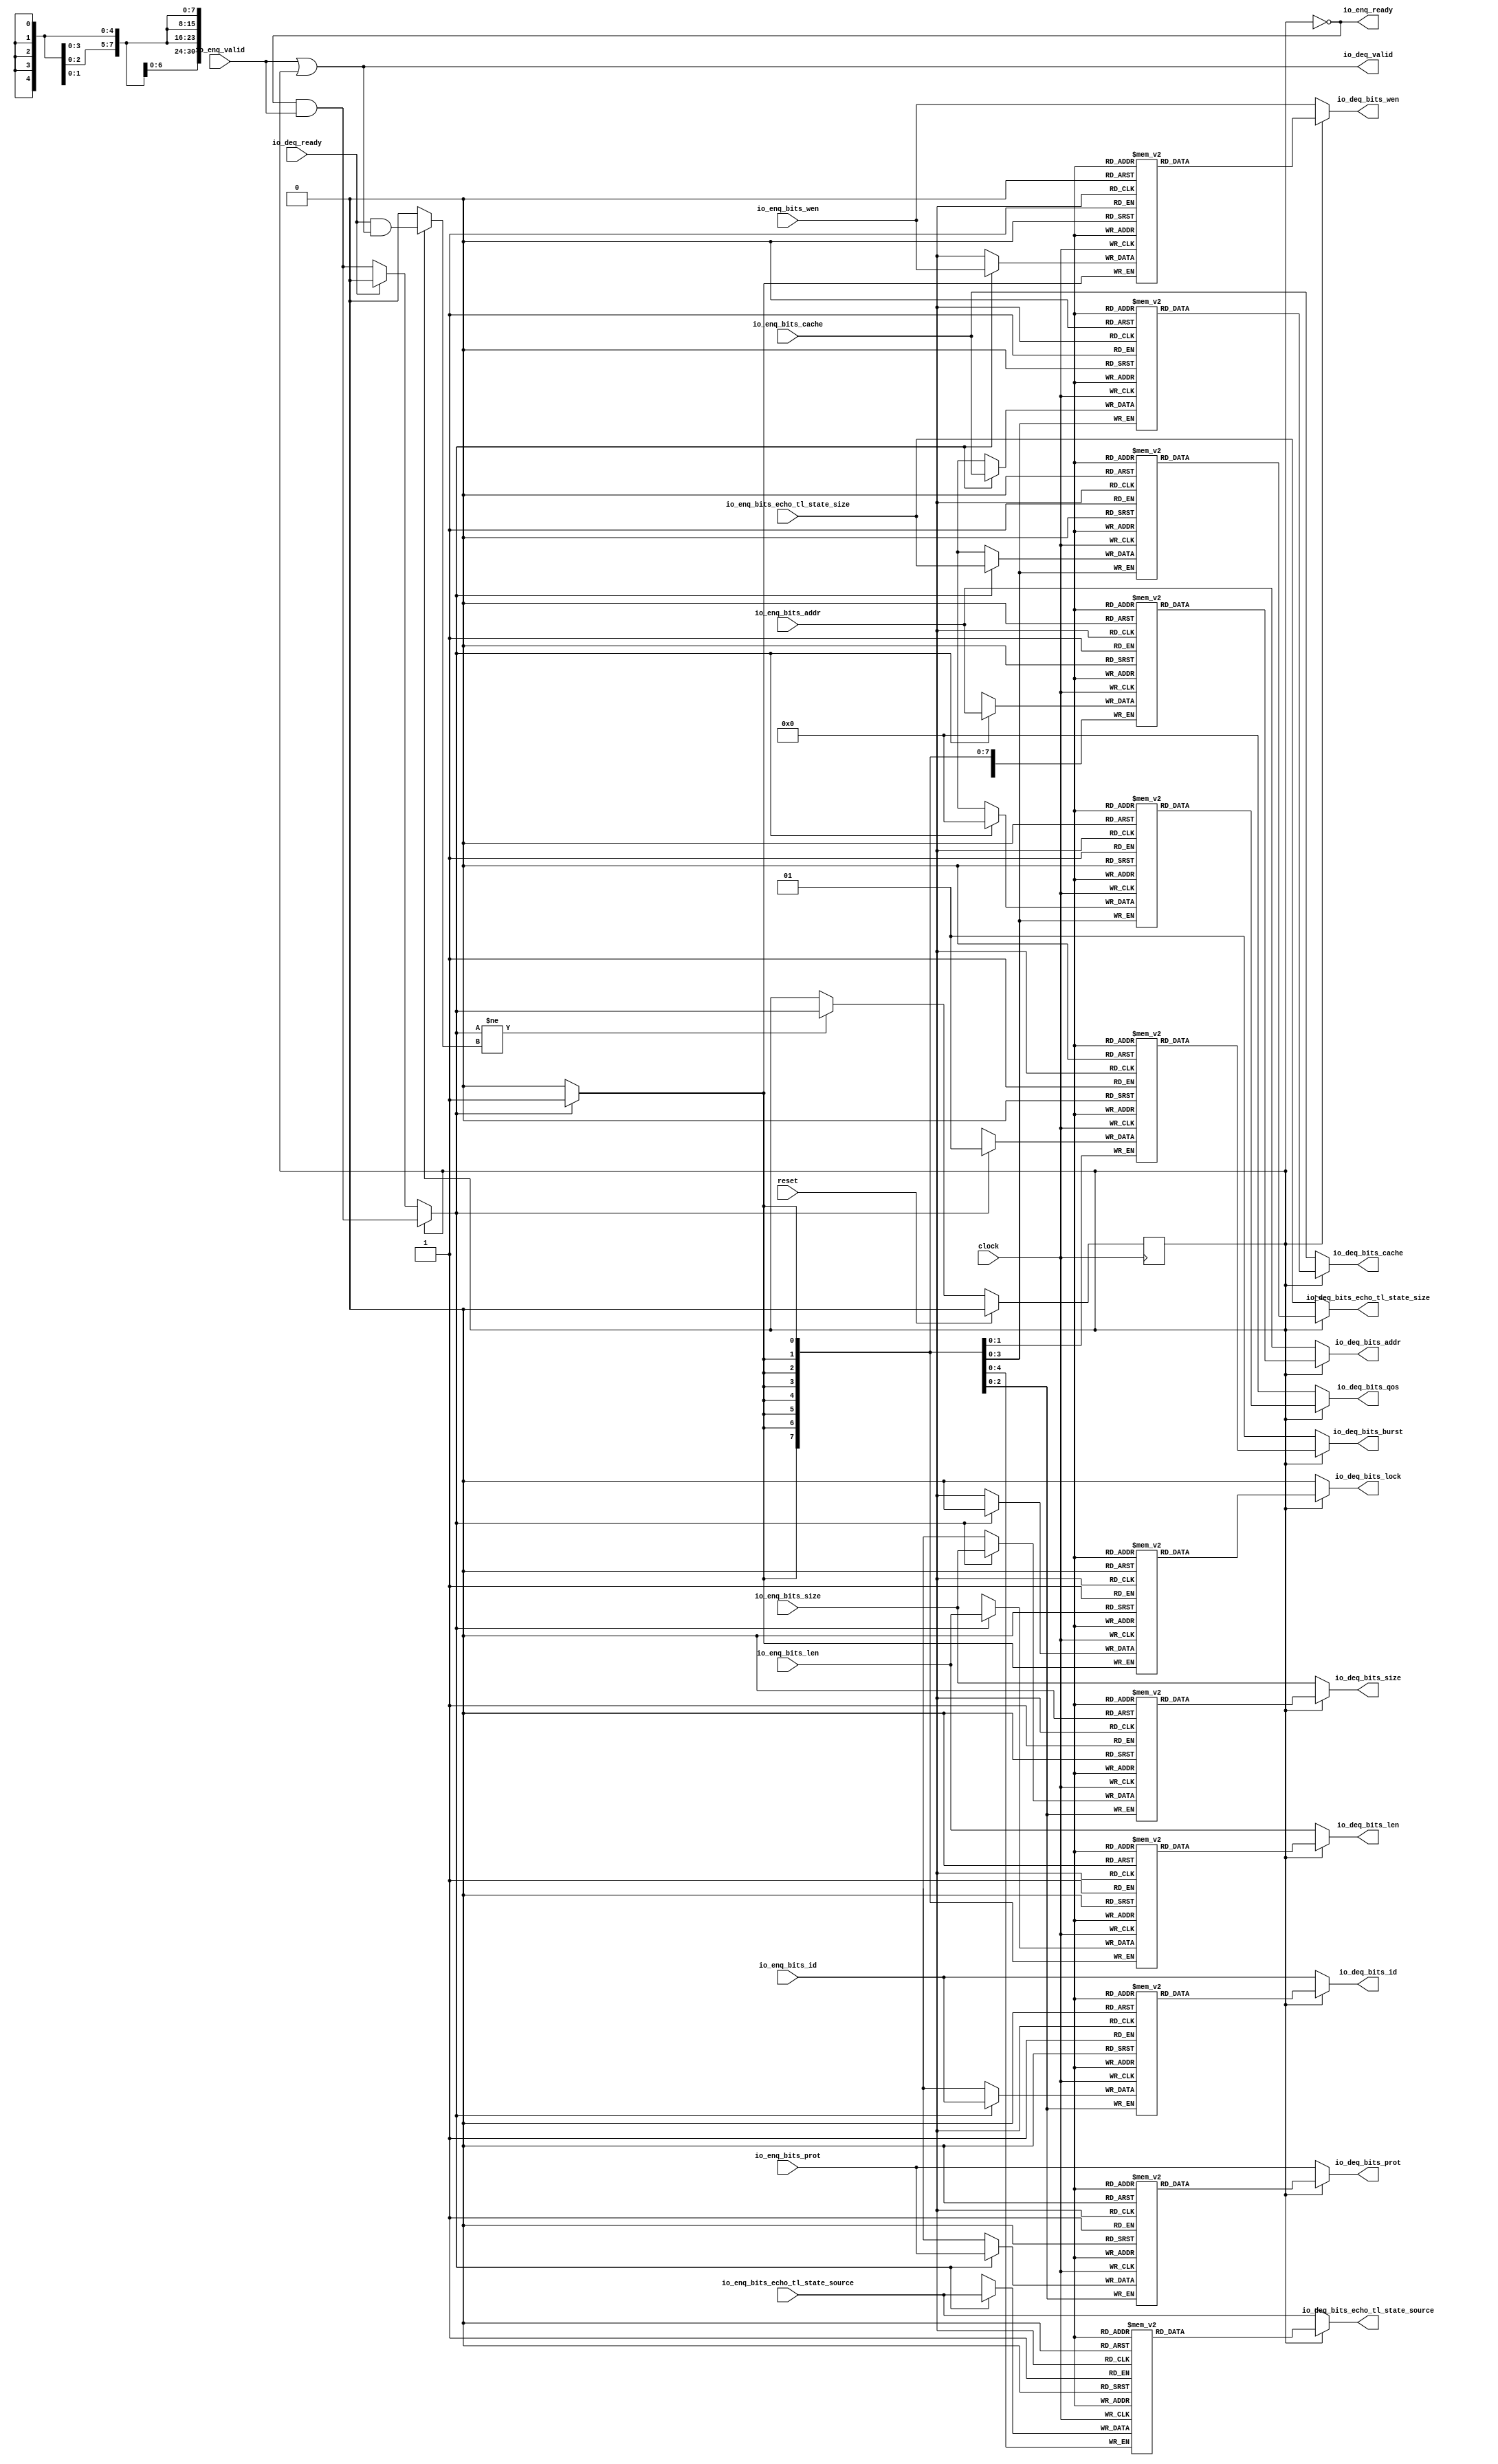
module Queue_11(
  input         clock,
  input         reset,
  output        io_enq_ready,
  input         io_enq_valid,
  input  [2:0]  io_enq_bits_id,
  input  [30:0] io_enq_bits_addr,
  input  [7:0]  io_enq_bits_len,
  input  [2:0]  io_enq_bits_size,
  input  [3:0]  io_enq_bits_cache,
  input  [2:0]  io_enq_bits_prot,
  input  [3:0]  io_enq_bits_echo_tl_state_size,
  input  [4:0]  io_enq_bits_echo_tl_state_source,
  input         io_enq_bits_wen,
  input         io_deq_ready,
  output        io_deq_valid,
  output [2:0]  io_deq_bits_id,
  output [30:0] io_deq_bits_addr,
  output [7:0]  io_deq_bits_len,
  output [2:0]  io_deq_bits_size,
  output [1:0]  io_deq_bits_burst,
  output        io_deq_bits_lock,
  output [3:0]  io_deq_bits_cache,
  output [2:0]  io_deq_bits_prot,
  output [3:0]  io_deq_bits_qos,
  output [3:0]  io_deq_bits_echo_tl_state_size,
  output [4:0]  io_deq_bits_echo_tl_state_source,
  output        io_deq_bits_wen
);
`ifdef RANDOMIZE_MEM_INIT
  reg [31:0] _RAND_0;
  reg [31:0] _RAND_1;
  reg [31:0] _RAND_2;
  reg [31:0] _RAND_3;
  reg [31:0] _RAND_4;
  reg [31:0] _RAND_5;
  reg [31:0] _RAND_6;
  reg [31:0] _RAND_7;
  reg [31:0] _RAND_8;
  reg [31:0] _RAND_9;
  reg [31:0] _RAND_10;
  reg [31:0] _RAND_11;
`endif // RANDOMIZE_MEM_INIT
`ifdef RANDOMIZE_REG_INIT
  reg [31:0] _RAND_12;
`endif // RANDOMIZE_REG_INIT
  reg [2:0] ram_id [0:0]; // @[Decoupled.scala 218:16]
  wire [2:0] ram_id_io_deq_bits_MPORT_data; // @[Decoupled.scala 218:16]
  wire  ram_id_io_deq_bits_MPORT_addr; // @[Decoupled.scala 218:16]
  wire [2:0] ram_id_MPORT_data; // @[Decoupled.scala 218:16]
  wire  ram_id_MPORT_addr; // @[Decoupled.scala 218:16]
  wire  ram_id_MPORT_mask; // @[Decoupled.scala 218:16]
  wire  ram_id_MPORT_en; // @[Decoupled.scala 218:16]
  reg [30:0] ram_addr [0:0]; // @[Decoupled.scala 218:16]
  wire [30:0] ram_addr_io_deq_bits_MPORT_data; // @[Decoupled.scala 218:16]
  wire  ram_addr_io_deq_bits_MPORT_addr; // @[Decoupled.scala 218:16]
  wire [30:0] ram_addr_MPORT_data; // @[Decoupled.scala 218:16]
  wire  ram_addr_MPORT_addr; // @[Decoupled.scala 218:16]
  wire  ram_addr_MPORT_mask; // @[Decoupled.scala 218:16]
  wire  ram_addr_MPORT_en; // @[Decoupled.scala 218:16]
  reg [7:0] ram_len [0:0]; // @[Decoupled.scala 218:16]
  wire [7:0] ram_len_io_deq_bits_MPORT_data; // @[Decoupled.scala 218:16]
  wire  ram_len_io_deq_bits_MPORT_addr; // @[Decoupled.scala 218:16]
  wire [7:0] ram_len_MPORT_data; // @[Decoupled.scala 218:16]
  wire  ram_len_MPORT_addr; // @[Decoupled.scala 218:16]
  wire  ram_len_MPORT_mask; // @[Decoupled.scala 218:16]
  wire  ram_len_MPORT_en; // @[Decoupled.scala 218:16]
  reg [2:0] ram_size [0:0]; // @[Decoupled.scala 218:16]
  wire [2:0] ram_size_io_deq_bits_MPORT_data; // @[Decoupled.scala 218:16]
  wire  ram_size_io_deq_bits_MPORT_addr; // @[Decoupled.scala 218:16]
  wire [2:0] ram_size_MPORT_data; // @[Decoupled.scala 218:16]
  wire  ram_size_MPORT_addr; // @[Decoupled.scala 218:16]
  wire  ram_size_MPORT_mask; // @[Decoupled.scala 218:16]
  wire  ram_size_MPORT_en; // @[Decoupled.scala 218:16]
  reg [1:0] ram_burst [0:0]; // @[Decoupled.scala 218:16]
  wire [1:0] ram_burst_io_deq_bits_MPORT_data; // @[Decoupled.scala 218:16]
  wire  ram_burst_io_deq_bits_MPORT_addr; // @[Decoupled.scala 218:16]
  wire [1:0] ram_burst_MPORT_data; // @[Decoupled.scala 218:16]
  wire  ram_burst_MPORT_addr; // @[Decoupled.scala 218:16]
  wire  ram_burst_MPORT_mask; // @[Decoupled.scala 218:16]
  wire  ram_burst_MPORT_en; // @[Decoupled.scala 218:16]
  reg  ram_lock [0:0]; // @[Decoupled.scala 218:16]
  wire  ram_lock_io_deq_bits_MPORT_data; // @[Decoupled.scala 218:16]
  wire  ram_lock_io_deq_bits_MPORT_addr; // @[Decoupled.scala 218:16]
  wire  ram_lock_MPORT_data; // @[Decoupled.scala 218:16]
  wire  ram_lock_MPORT_addr; // @[Decoupled.scala 218:16]
  wire  ram_lock_MPORT_mask; // @[Decoupled.scala 218:16]
  wire  ram_lock_MPORT_en; // @[Decoupled.scala 218:16]
  reg [3:0] ram_cache [0:0]; // @[Decoupled.scala 218:16]
  wire [3:0] ram_cache_io_deq_bits_MPORT_data; // @[Decoupled.scala 218:16]
  wire  ram_cache_io_deq_bits_MPORT_addr; // @[Decoupled.scala 218:16]
  wire [3:0] ram_cache_MPORT_data; // @[Decoupled.scala 218:16]
  wire  ram_cache_MPORT_addr; // @[Decoupled.scala 218:16]
  wire  ram_cache_MPORT_mask; // @[Decoupled.scala 218:16]
  wire  ram_cache_MPORT_en; // @[Decoupled.scala 218:16]
  reg [2:0] ram_prot [0:0]; // @[Decoupled.scala 218:16]
  wire [2:0] ram_prot_io_deq_bits_MPORT_data; // @[Decoupled.scala 218:16]
  wire  ram_prot_io_deq_bits_MPORT_addr; // @[Decoupled.scala 218:16]
  wire [2:0] ram_prot_MPORT_data; // @[Decoupled.scala 218:16]
  wire  ram_prot_MPORT_addr; // @[Decoupled.scala 218:16]
  wire  ram_prot_MPORT_mask; // @[Decoupled.scala 218:16]
  wire  ram_prot_MPORT_en; // @[Decoupled.scala 218:16]
  reg [3:0] ram_qos [0:0]; // @[Decoupled.scala 218:16]
  wire [3:0] ram_qos_io_deq_bits_MPORT_data; // @[Decoupled.scala 218:16]
  wire  ram_qos_io_deq_bits_MPORT_addr; // @[Decoupled.scala 218:16]
  wire [3:0] ram_qos_MPORT_data; // @[Decoupled.scala 218:16]
  wire  ram_qos_MPORT_addr; // @[Decoupled.scala 218:16]
  wire  ram_qos_MPORT_mask; // @[Decoupled.scala 218:16]
  wire  ram_qos_MPORT_en; // @[Decoupled.scala 218:16]
  reg [3:0] ram_echo_tl_state_size [0:0]; // @[Decoupled.scala 218:16]
  wire [3:0] ram_echo_tl_state_size_io_deq_bits_MPORT_data; // @[Decoupled.scala 218:16]
  wire  ram_echo_tl_state_size_io_deq_bits_MPORT_addr; // @[Decoupled.scala 218:16]
  wire [3:0] ram_echo_tl_state_size_MPORT_data; // @[Decoupled.scala 218:16]
  wire  ram_echo_tl_state_size_MPORT_addr; // @[Decoupled.scala 218:16]
  wire  ram_echo_tl_state_size_MPORT_mask; // @[Decoupled.scala 218:16]
  wire  ram_echo_tl_state_size_MPORT_en; // @[Decoupled.scala 218:16]
  reg [4:0] ram_echo_tl_state_source [0:0]; // @[Decoupled.scala 218:16]
  wire [4:0] ram_echo_tl_state_source_io_deq_bits_MPORT_data; // @[Decoupled.scala 218:16]
  wire  ram_echo_tl_state_source_io_deq_bits_MPORT_addr; // @[Decoupled.scala 218:16]
  wire [4:0] ram_echo_tl_state_source_MPORT_data; // @[Decoupled.scala 218:16]
  wire  ram_echo_tl_state_source_MPORT_addr; // @[Decoupled.scala 218:16]
  wire  ram_echo_tl_state_source_MPORT_mask; // @[Decoupled.scala 218:16]
  wire  ram_echo_tl_state_source_MPORT_en; // @[Decoupled.scala 218:16]
  reg  ram_wen [0:0]; // @[Decoupled.scala 218:16]
  wire  ram_wen_io_deq_bits_MPORT_data; // @[Decoupled.scala 218:16]
  wire  ram_wen_io_deq_bits_MPORT_addr; // @[Decoupled.scala 218:16]
  wire  ram_wen_MPORT_data; // @[Decoupled.scala 218:16]
  wire  ram_wen_MPORT_addr; // @[Decoupled.scala 218:16]
  wire  ram_wen_MPORT_mask; // @[Decoupled.scala 218:16]
  wire  ram_wen_MPORT_en; // @[Decoupled.scala 218:16]
  reg  maybe_full; // @[Decoupled.scala 221:27]
  wire  empty = ~maybe_full; // @[Decoupled.scala 224:28]
  wire  _do_enq_T = io_enq_ready & io_enq_valid; // @[Decoupled.scala 40:37]
  wire  _do_deq_T = io_deq_ready & io_deq_valid; // @[Decoupled.scala 40:37]
  wire  _GEN_18 = io_deq_ready ? 1'h0 : _do_enq_T; // @[Decoupled.scala 249:27 Decoupled.scala 249:36]
  wire  do_enq = empty ? _GEN_18 : _do_enq_T; // @[Decoupled.scala 246:18]
  wire  do_deq = empty ? 1'h0 : _do_deq_T; // @[Decoupled.scala 246:18 Decoupled.scala 248:14]
  wire  _T = do_enq != do_deq; // @[Decoupled.scala 236:16]
  wire  _io_deq_valid_T = ~empty; // @[Decoupled.scala 240:19]
  assign ram_id_io_deq_bits_MPORT_addr = 1'h0;
  assign ram_id_io_deq_bits_MPORT_data = ram_id[ram_id_io_deq_bits_MPORT_addr]; // @[Decoupled.scala 218:16]
  assign ram_id_MPORT_data = io_enq_bits_id;
  assign ram_id_MPORT_addr = 1'h0;
  assign ram_id_MPORT_mask = 1'h1;
  assign ram_id_MPORT_en = empty ? _GEN_18 : _do_enq_T;
  assign ram_addr_io_deq_bits_MPORT_addr = 1'h0;
  assign ram_addr_io_deq_bits_MPORT_data = ram_addr[ram_addr_io_deq_bits_MPORT_addr]; // @[Decoupled.scala 218:16]
  assign ram_addr_MPORT_data = io_enq_bits_addr;
  assign ram_addr_MPORT_addr = 1'h0;
  assign ram_addr_MPORT_mask = 1'h1;
  assign ram_addr_MPORT_en = empty ? _GEN_18 : _do_enq_T;
  assign ram_len_io_deq_bits_MPORT_addr = 1'h0;
  assign ram_len_io_deq_bits_MPORT_data = ram_len[ram_len_io_deq_bits_MPORT_addr]; // @[Decoupled.scala 218:16]
  assign ram_len_MPORT_data = io_enq_bits_len;
  assign ram_len_MPORT_addr = 1'h0;
  assign ram_len_MPORT_mask = 1'h1;
  assign ram_len_MPORT_en = empty ? _GEN_18 : _do_enq_T;
  assign ram_size_io_deq_bits_MPORT_addr = 1'h0;
  assign ram_size_io_deq_bits_MPORT_data = ram_size[ram_size_io_deq_bits_MPORT_addr]; // @[Decoupled.scala 218:16]
  assign ram_size_MPORT_data = io_enq_bits_size;
  assign ram_size_MPORT_addr = 1'h0;
  assign ram_size_MPORT_mask = 1'h1;
  assign ram_size_MPORT_en = empty ? _GEN_18 : _do_enq_T;
  assign ram_burst_io_deq_bits_MPORT_addr = 1'h0;
  assign ram_burst_io_deq_bits_MPORT_data = ram_burst[ram_burst_io_deq_bits_MPORT_addr]; // @[Decoupled.scala 218:16]
  assign ram_burst_MPORT_data = 2'h1;
  assign ram_burst_MPORT_addr = 1'h0;
  assign ram_burst_MPORT_mask = 1'h1;
  assign ram_burst_MPORT_en = empty ? _GEN_18 : _do_enq_T;
  assign ram_lock_io_deq_bits_MPORT_addr = 1'h0;
  assign ram_lock_io_deq_bits_MPORT_data = ram_lock[ram_lock_io_deq_bits_MPORT_addr]; // @[Decoupled.scala 218:16]
  assign ram_lock_MPORT_data = 1'h0;
  assign ram_lock_MPORT_addr = 1'h0;
  assign ram_lock_MPORT_mask = 1'h1;
  assign ram_lock_MPORT_en = empty ? _GEN_18 : _do_enq_T;
  assign ram_cache_io_deq_bits_MPORT_addr = 1'h0;
  assign ram_cache_io_deq_bits_MPORT_data = ram_cache[ram_cache_io_deq_bits_MPORT_addr]; // @[Decoupled.scala 218:16]
  assign ram_cache_MPORT_data = io_enq_bits_cache;
  assign ram_cache_MPORT_addr = 1'h0;
  assign ram_cache_MPORT_mask = 1'h1;
  assign ram_cache_MPORT_en = empty ? _GEN_18 : _do_enq_T;
  assign ram_prot_io_deq_bits_MPORT_addr = 1'h0;
  assign ram_prot_io_deq_bits_MPORT_data = ram_prot[ram_prot_io_deq_bits_MPORT_addr]; // @[Decoupled.scala 218:16]
  assign ram_prot_MPORT_data = io_enq_bits_prot;
  assign ram_prot_MPORT_addr = 1'h0;
  assign ram_prot_MPORT_mask = 1'h1;
  assign ram_prot_MPORT_en = empty ? _GEN_18 : _do_enq_T;
  assign ram_qos_io_deq_bits_MPORT_addr = 1'h0;
  assign ram_qos_io_deq_bits_MPORT_data = ram_qos[ram_qos_io_deq_bits_MPORT_addr]; // @[Decoupled.scala 218:16]
  assign ram_qos_MPORT_data = 4'h0;
  assign ram_qos_MPORT_addr = 1'h0;
  assign ram_qos_MPORT_mask = 1'h1;
  assign ram_qos_MPORT_en = empty ? _GEN_18 : _do_enq_T;
  assign ram_echo_tl_state_size_io_deq_bits_MPORT_addr = 1'h0;
  assign ram_echo_tl_state_size_io_deq_bits_MPORT_data =
    ram_echo_tl_state_size[ram_echo_tl_state_size_io_deq_bits_MPORT_addr]; // @[Decoupled.scala 218:16]
  assign ram_echo_tl_state_size_MPORT_data = io_enq_bits_echo_tl_state_size;
  assign ram_echo_tl_state_size_MPORT_addr = 1'h0;
  assign ram_echo_tl_state_size_MPORT_mask = 1'h1;
  assign ram_echo_tl_state_size_MPORT_en = empty ? _GEN_18 : _do_enq_T;
  assign ram_echo_tl_state_source_io_deq_bits_MPORT_addr = 1'h0;
  assign ram_echo_tl_state_source_io_deq_bits_MPORT_data =
    ram_echo_tl_state_source[ram_echo_tl_state_source_io_deq_bits_MPORT_addr]; // @[Decoupled.scala 218:16]
  assign ram_echo_tl_state_source_MPORT_data = io_enq_bits_echo_tl_state_source;
  assign ram_echo_tl_state_source_MPORT_addr = 1'h0;
  assign ram_echo_tl_state_source_MPORT_mask = 1'h1;
  assign ram_echo_tl_state_source_MPORT_en = empty ? _GEN_18 : _do_enq_T;
  assign ram_wen_io_deq_bits_MPORT_addr = 1'h0;
  assign ram_wen_io_deq_bits_MPORT_data = ram_wen[ram_wen_io_deq_bits_MPORT_addr]; // @[Decoupled.scala 218:16]
  assign ram_wen_MPORT_data = io_enq_bits_wen;
  assign ram_wen_MPORT_addr = 1'h0;
  assign ram_wen_MPORT_mask = 1'h1;
  assign ram_wen_MPORT_en = empty ? _GEN_18 : _do_enq_T;
  assign io_enq_ready = ~maybe_full; // @[Decoupled.scala 241:19]
  assign io_deq_valid = io_enq_valid | _io_deq_valid_T; // @[Decoupled.scala 245:25 Decoupled.scala 245:40 Decoupled.scala 240:16]
  assign io_deq_bits_id = empty ? io_enq_bits_id : ram_id_io_deq_bits_MPORT_data; // @[Decoupled.scala 246:18 Decoupled.scala 247:19 Decoupled.scala 242:15]
  assign io_deq_bits_addr = empty ? io_enq_bits_addr : ram_addr_io_deq_bits_MPORT_data; // @[Decoupled.scala 246:18 Decoupled.scala 247:19 Decoupled.scala 242:15]
  assign io_deq_bits_len = empty ? io_enq_bits_len : ram_len_io_deq_bits_MPORT_data; // @[Decoupled.scala 246:18 Decoupled.scala 247:19 Decoupled.scala 242:15]
  assign io_deq_bits_size = empty ? io_enq_bits_size : ram_size_io_deq_bits_MPORT_data; // @[Decoupled.scala 246:18 Decoupled.scala 247:19 Decoupled.scala 242:15]
  assign io_deq_bits_burst = empty ? 2'h1 : ram_burst_io_deq_bits_MPORT_data; // @[Decoupled.scala 246:18 Decoupled.scala 247:19 Decoupled.scala 242:15]
  assign io_deq_bits_lock = empty ? 1'h0 : ram_lock_io_deq_bits_MPORT_data; // @[Decoupled.scala 246:18 Decoupled.scala 247:19 Decoupled.scala 242:15]
  assign io_deq_bits_cache = empty ? io_enq_bits_cache : ram_cache_io_deq_bits_MPORT_data; // @[Decoupled.scala 246:18 Decoupled.scala 247:19 Decoupled.scala 242:15]
  assign io_deq_bits_prot = empty ? io_enq_bits_prot : ram_prot_io_deq_bits_MPORT_data; // @[Decoupled.scala 246:18 Decoupled.scala 247:19 Decoupled.scala 242:15]
  assign io_deq_bits_qos = empty ? 4'h0 : ram_qos_io_deq_bits_MPORT_data; // @[Decoupled.scala 246:18 Decoupled.scala 247:19 Decoupled.scala 242:15]
  assign io_deq_bits_echo_tl_state_size = empty ? io_enq_bits_echo_tl_state_size :
    ram_echo_tl_state_size_io_deq_bits_MPORT_data; // @[Decoupled.scala 246:18 Decoupled.scala 247:19 Decoupled.scala 242:15]
  assign io_deq_bits_echo_tl_state_source = empty ? io_enq_bits_echo_tl_state_source :
    ram_echo_tl_state_source_io_deq_bits_MPORT_data; // @[Decoupled.scala 246:18 Decoupled.scala 247:19 Decoupled.scala 242:15]
  assign io_deq_bits_wen = empty ? io_enq_bits_wen : ram_wen_io_deq_bits_MPORT_data; // @[Decoupled.scala 246:18 Decoupled.scala 247:19 Decoupled.scala 242:15]
  always @(posedge clock) begin
    if(ram_id_MPORT_en & ram_id_MPORT_mask) begin
      ram_id[ram_id_MPORT_addr] <= ram_id_MPORT_data; // @[Decoupled.scala 218:16]
    end
    if(ram_addr_MPORT_en & ram_addr_MPORT_mask) begin
      ram_addr[ram_addr_MPORT_addr] <= ram_addr_MPORT_data; // @[Decoupled.scala 218:16]
    end
    if(ram_len_MPORT_en & ram_len_MPORT_mask) begin
      ram_len[ram_len_MPORT_addr] <= ram_len_MPORT_data; // @[Decoupled.scala 218:16]
    end
    if(ram_size_MPORT_en & ram_size_MPORT_mask) begin
      ram_size[ram_size_MPORT_addr] <= ram_size_MPORT_data; // @[Decoupled.scala 218:16]
    end
    if(ram_burst_MPORT_en & ram_burst_MPORT_mask) begin
      ram_burst[ram_burst_MPORT_addr] <= ram_burst_MPORT_data; // @[Decoupled.scala 218:16]
    end
    if(ram_lock_MPORT_en & ram_lock_MPORT_mask) begin
      ram_lock[ram_lock_MPORT_addr] <= ram_lock_MPORT_data; // @[Decoupled.scala 218:16]
    end
    if(ram_cache_MPORT_en & ram_cache_MPORT_mask) begin
      ram_cache[ram_cache_MPORT_addr] <= ram_cache_MPORT_data; // @[Decoupled.scala 218:16]
    end
    if(ram_prot_MPORT_en & ram_prot_MPORT_mask) begin
      ram_prot[ram_prot_MPORT_addr] <= ram_prot_MPORT_data; // @[Decoupled.scala 218:16]
    end
    if(ram_qos_MPORT_en & ram_qos_MPORT_mask) begin
      ram_qos[ram_qos_MPORT_addr] <= ram_qos_MPORT_data; // @[Decoupled.scala 218:16]
    end
    if(ram_echo_tl_state_size_MPORT_en & ram_echo_tl_state_size_MPORT_mask) begin
      ram_echo_tl_state_size[ram_echo_tl_state_size_MPORT_addr] <= ram_echo_tl_state_size_MPORT_data; // @[Decoupled.scala 218:16]
    end
    if(ram_echo_tl_state_source_MPORT_en & ram_echo_tl_state_source_MPORT_mask) begin
      ram_echo_tl_state_source[ram_echo_tl_state_source_MPORT_addr] <= ram_echo_tl_state_source_MPORT_data; // @[Decoupled.scala 218:16]
    end
    if(ram_wen_MPORT_en & ram_wen_MPORT_mask) begin
      ram_wen[ram_wen_MPORT_addr] <= ram_wen_MPORT_data; // @[Decoupled.scala 218:16]
    end
    if (reset) begin // @[Decoupled.scala 221:27]
      maybe_full <= 1'h0; // @[Decoupled.scala 221:27]
    end else if (_T) begin // @[Decoupled.scala 236:28]
      if (empty) begin // @[Decoupled.scala 246:18]
        if (io_deq_ready) begin // @[Decoupled.scala 249:27]
          maybe_full <= 1'h0; // @[Decoupled.scala 249:36]
        end else begin
          maybe_full <= _do_enq_T;
        end
      end else begin
        maybe_full <= _do_enq_T;
      end
    end
  end
// Register and memory initialization
`ifdef RANDOMIZE_GARBAGE_ASSIGN
`define RANDOMIZE
`endif
`ifdef RANDOMIZE_INVALID_ASSIGN
`define RANDOMIZE
`endif
`ifdef RANDOMIZE_REG_INIT
`define RANDOMIZE
`endif
`ifdef RANDOMIZE_MEM_INIT
`define RANDOMIZE
`endif
`ifndef RANDOM
`define RANDOM $random
`endif
`ifdef RANDOMIZE_MEM_INIT
  integer initvar;
`endif
`ifndef SYNTHESIS
`ifdef FIRRTL_BEFORE_INITIAL
`FIRRTL_BEFORE_INITIAL
`endif
initial begin
  `ifdef RANDOMIZE
    `ifdef INIT_RANDOM
      `INIT_RANDOM
    `endif
    `ifndef VERILATOR
      `ifdef RANDOMIZE_DELAY
        #`RANDOMIZE_DELAY begin end
      `else
        #0.002 begin end
      `endif
    `endif
`ifdef RANDOMIZE_MEM_INIT
  _RAND_0 = {1{`RANDOM}};
  for (initvar = 0; initvar < 1; initvar = initvar+1)
    ram_id[initvar] = _RAND_0[2:0];
  _RAND_1 = {1{`RANDOM}};
  for (initvar = 0; initvar < 1; initvar = initvar+1)
    ram_addr[initvar] = _RAND_1[30:0];
  _RAND_2 = {1{`RANDOM}};
  for (initvar = 0; initvar < 1; initvar = initvar+1)
    ram_len[initvar] = _RAND_2[7:0];
  _RAND_3 = {1{`RANDOM}};
  for (initvar = 0; initvar < 1; initvar = initvar+1)
    ram_size[initvar] = _RAND_3[2:0];
  _RAND_4 = {1{`RANDOM}};
  for (initvar = 0; initvar < 1; initvar = initvar+1)
    ram_burst[initvar] = _RAND_4[1:0];
  _RAND_5 = {1{`RANDOM}};
  for (initvar = 0; initvar < 1; initvar = initvar+1)
    ram_lock[initvar] = _RAND_5[0:0];
  _RAND_6 = {1{`RANDOM}};
  for (initvar = 0; initvar < 1; initvar = initvar+1)
    ram_cache[initvar] = _RAND_6[3:0];
  _RAND_7 = {1{`RANDOM}};
  for (initvar = 0; initvar < 1; initvar = initvar+1)
    ram_prot[initvar] = _RAND_7[2:0];
  _RAND_8 = {1{`RANDOM}};
  for (initvar = 0; initvar < 1; initvar = initvar+1)
    ram_qos[initvar] = _RAND_8[3:0];
  _RAND_9 = {1{`RANDOM}};
  for (initvar = 0; initvar < 1; initvar = initvar+1)
    ram_echo_tl_state_size[initvar] = _RAND_9[3:0];
  _RAND_10 = {1{`RANDOM}};
  for (initvar = 0; initvar < 1; initvar = initvar+1)
    ram_echo_tl_state_source[initvar] = _RAND_10[4:0];
  _RAND_11 = {1{`RANDOM}};
  for (initvar = 0; initvar < 1; initvar = initvar+1)
    ram_wen[initvar] = _RAND_11[0:0];
`endif // RANDOMIZE_MEM_INIT
`ifdef RANDOMIZE_REG_INIT
  _RAND_12 = {1{`RANDOM}};
  maybe_full = _RAND_12[0:0];
`endif // RANDOMIZE_REG_INIT
  `endif // RANDOMIZE
end // initial
`ifdef FIRRTL_AFTER_INITIAL
`FIRRTL_AFTER_INITIAL
`endif
`endif // SYNTHESIS
endmodule